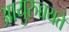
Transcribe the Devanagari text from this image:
आयुरुच्चयते